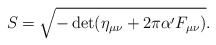
\begin{align*}S = \sqrt{-\det (\eta_{\mu \nu} + 2 \pi \alpha' F_{\mu \nu})}.\end{align*}